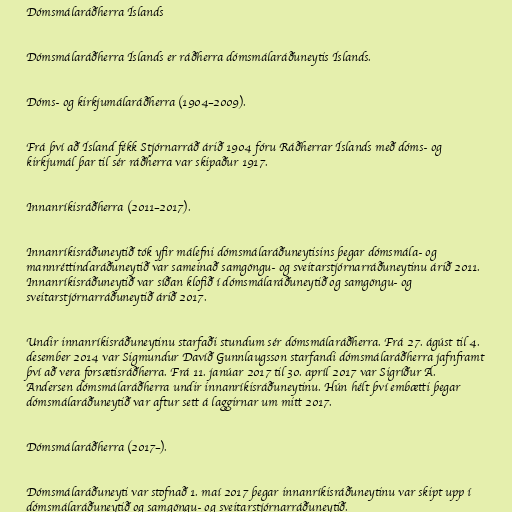
Dómsmálaráðherra Íslands

Dómsmálaráðherra Íslands er ráðherra dómsmálaráðuneytis Íslands.

Dóms- og kirkjumálaráðherra (1904–2009).

Frá því að Ísland fékk Stjórnarráð árið 1904 fóru Ráðherrar Íslands með dóms- og
kirkjumál þar til sér ráðherra var skipaður 1917.

Innanríkisráðherra (2011–2017).

Innanríkisráðuneytið tók yfir málefni dómsmálaráðuneytisins þegar dómsmála- og
mannréttindaráðuneytið var sameinað samgöngu- og sveitarstjórnarráðuneytinu árið 2011.
Innanríkisráðuneytið var síðan klofið í dómsmálaráðuneytið og samgöngu- og
sveitarstjórnarráðuneytið árið 2017.

Undir innanríkisráðuneytinu starfaði stundum sér dómsmálaráðherra. Frá 27. ágúst til 4.
desember 2014 var Sigmundur Davíð Gunnlaugsson starfandi dómsmálaráðherra jafnframt
því að vera forsætisráðherra. Frá 11. janúar 2017 til 30. apríl 2017 var Sigríður Á.
Andersen dómsmálaráðherra undir innanríkisráðuneytinu. Hún hélt því embætti þegar
dómsmálaráðuneytið var aftur sett á laggirnar um mitt 2017.

Dómsmálaráðherra (2017–).

Dómsmálaráðuneyti var stofnað 1. maí 2017 þegar innanríkisráðuneytinu var skipt upp í
dómsmálaráðuneytið og samgöngu- og sveitarstjórnarráðuneytið.